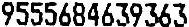
9555684639363